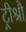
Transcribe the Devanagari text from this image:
ट्रीश्रौ